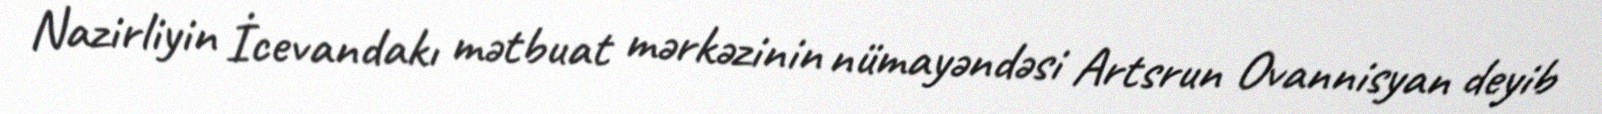
Nazirliyin İcevandakı mətbuat mərkəzinin nümayəndəsi Artsrun Ovannisyan deyib